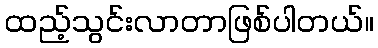
ထည့်သွင်းလာတာဖြစ်ပါတယ်။